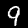
Label: 9